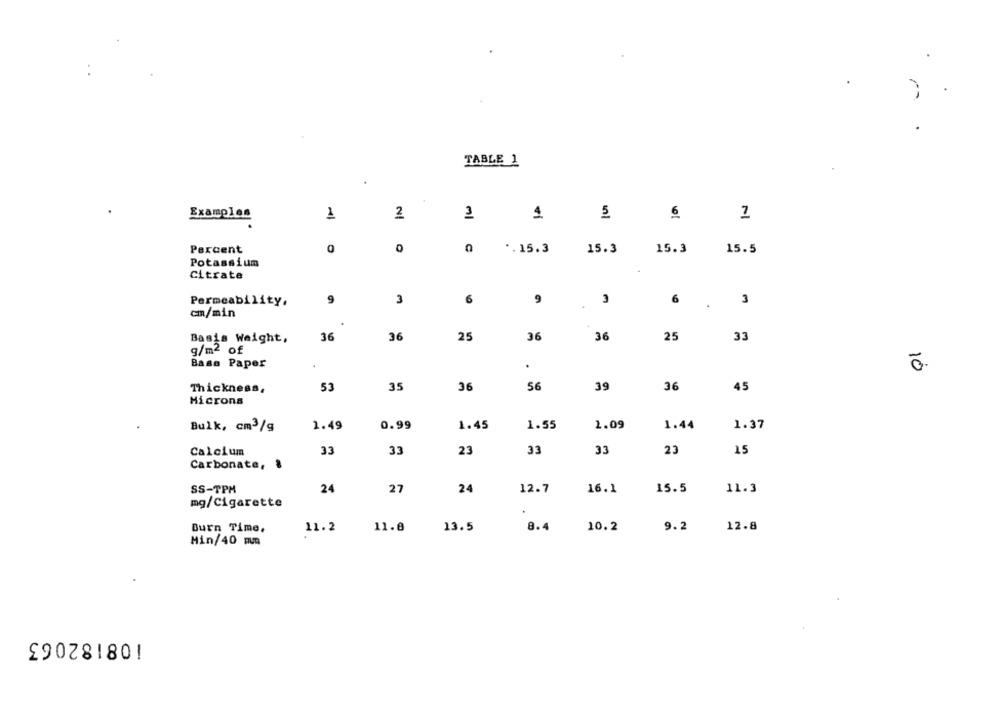
TABLE 1
Examples
1
2
5
6
ml
Percent
0
0
0
*. 15.3
15.3
15.3
15.5
Potassium
Citrate
9
3
6
9
3
6
3
Permeability.
cm/min
25
36
25
Basis Weight,
36
36
36
33
g/m2 of
Base Paper
.
10
56
36
45
Thickness,
53
35
36
39
Microns
Bulk, cm3/g
1.49
0.99
1.45
1.55
1.09
1.44
1.37
33
33
23
23
Calcium
33
33
15
Carbonate, &
SS-TPM
24
27
24
12.7
16.1
15.5
11.3
mg/Cigarette
Burn Time.
11.2
11.0
13.5
8.4
10.2
9.2
12.8
Min/40 mm
£9028180!